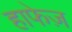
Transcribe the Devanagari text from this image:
हाफेज़